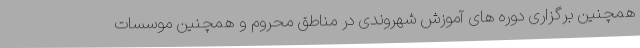
همچنین برگزاری دوره های آموزش شهروندی در مناطق محروم و همچنین موسسات